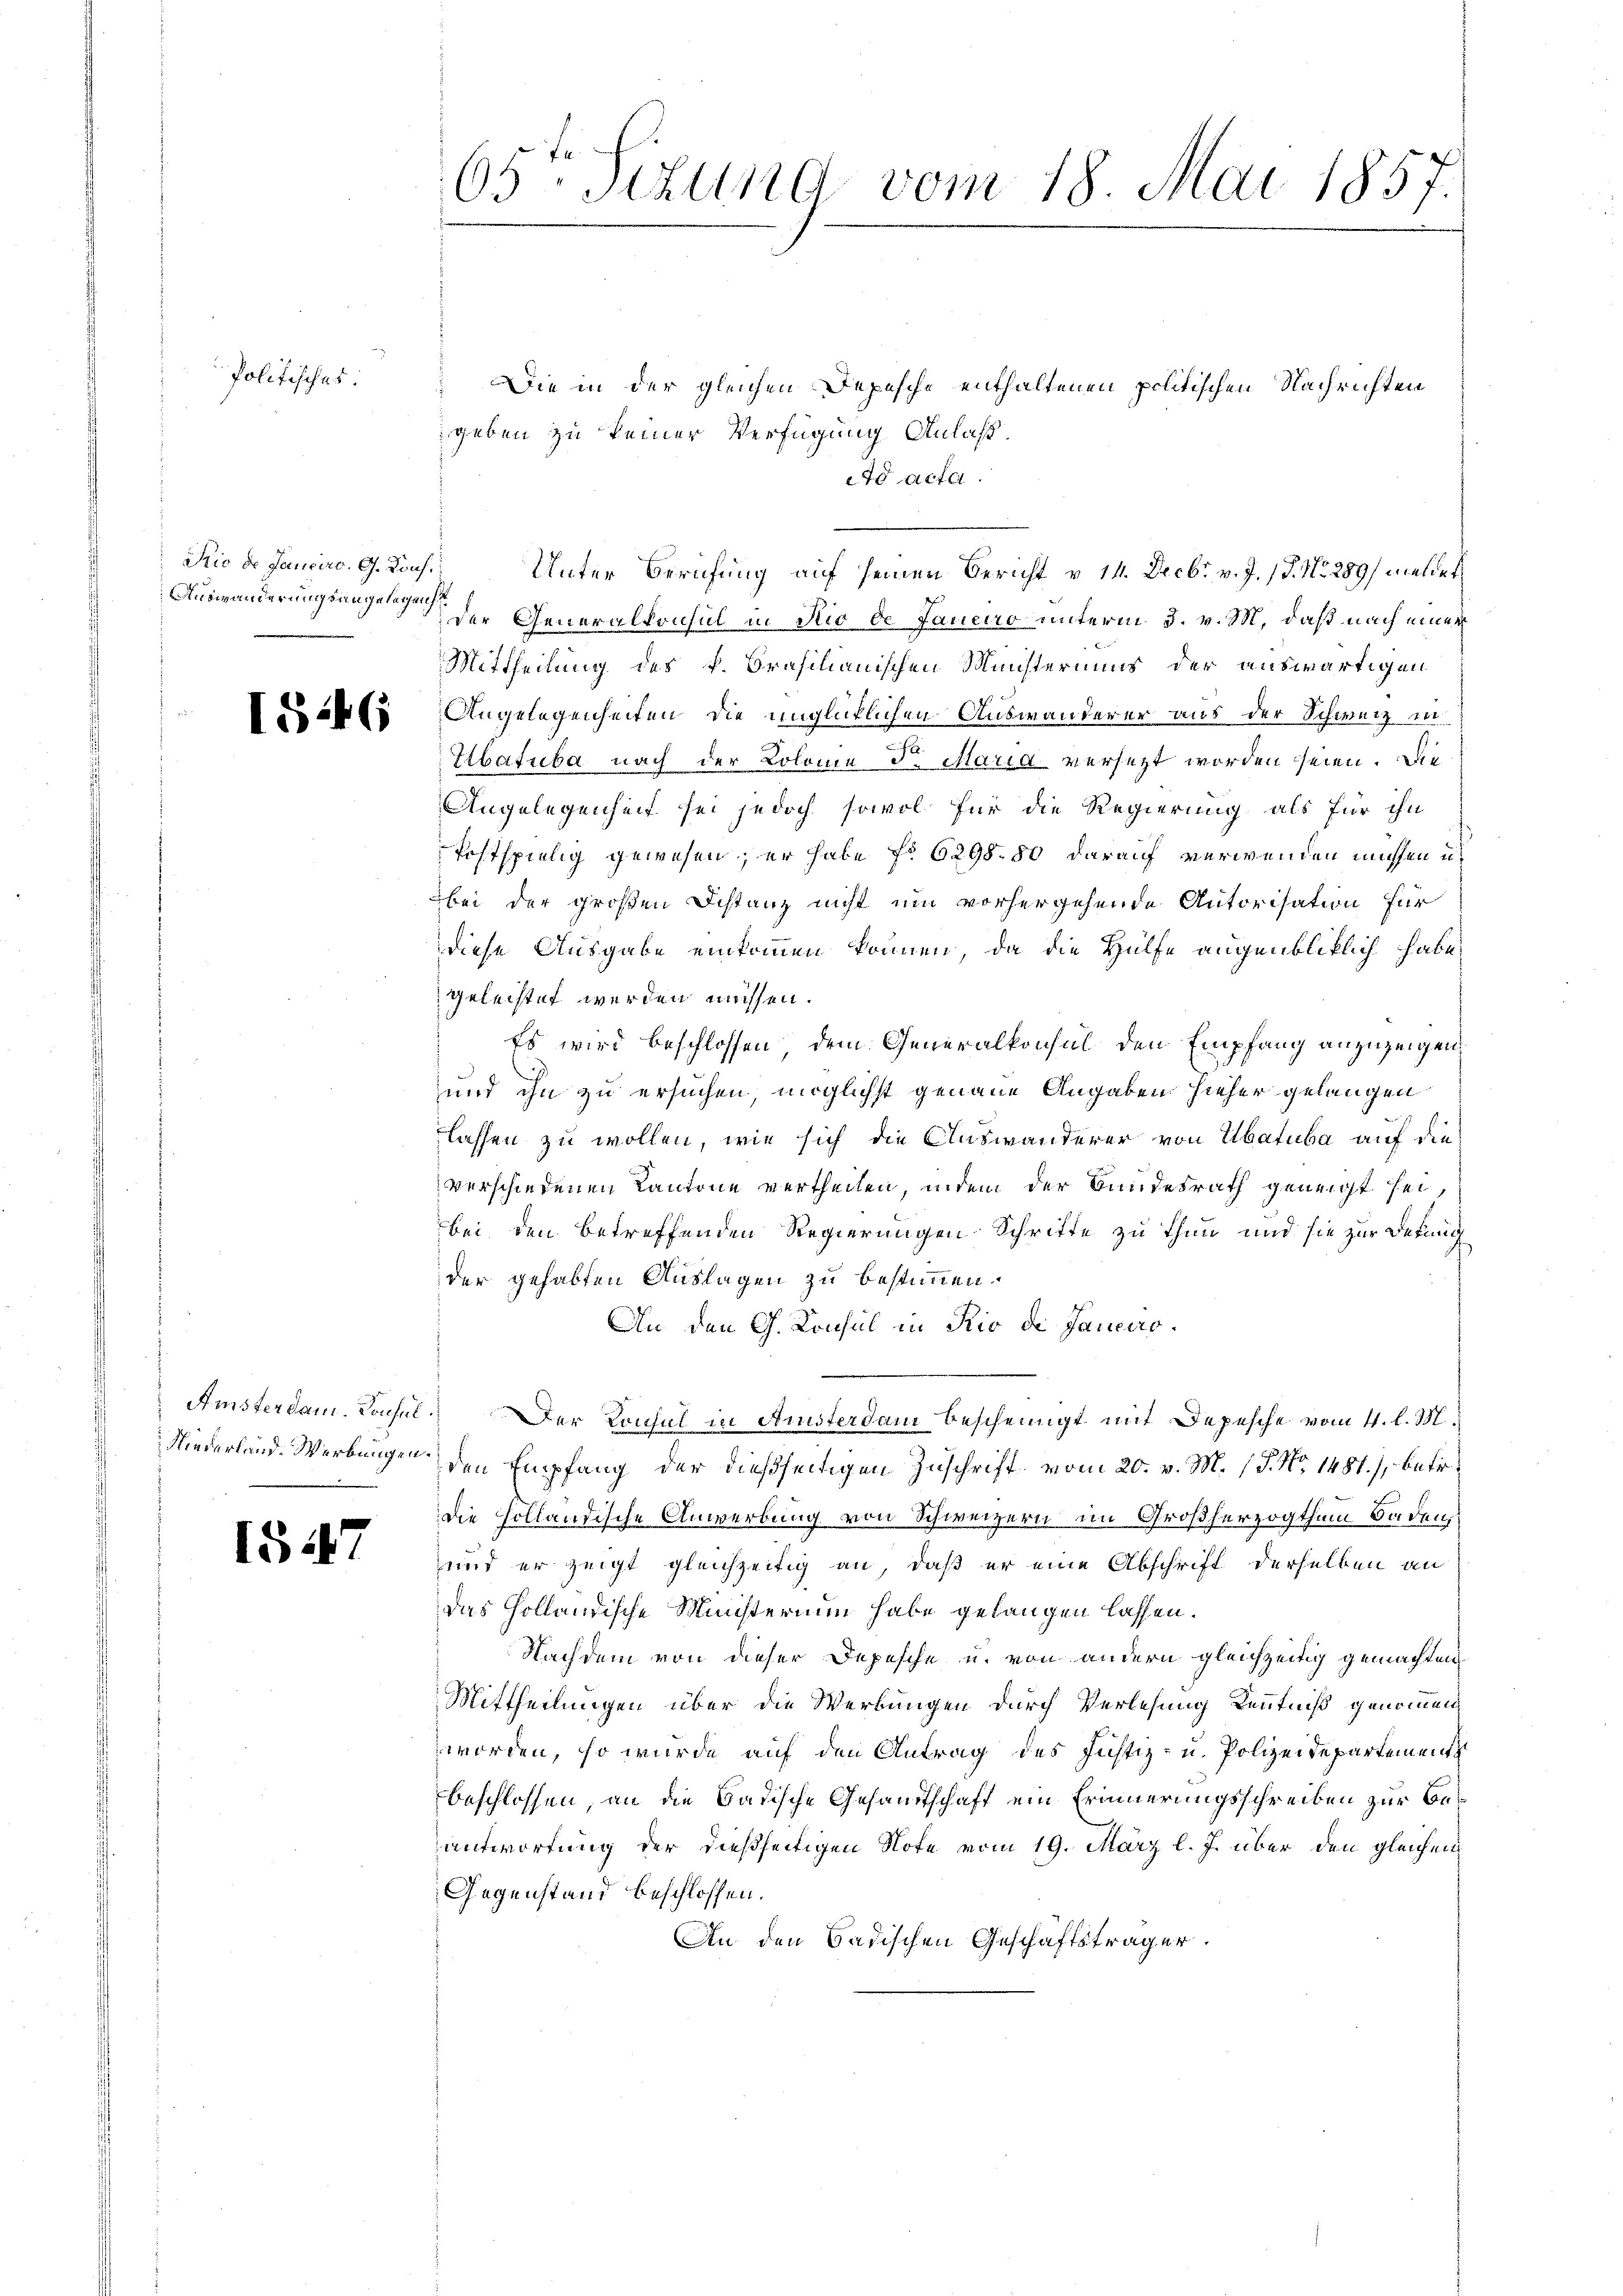
Politisches:

Rio de Jauciro, G. Kons.
Auswanderungsangelegens

1846

Niederland-Werbungen.

1547

65te Sitzung vom 18. Mai 1857.

Die in der gleichen Depesche enthaltenen politischen Nachrichten
geben zu keiner Verfügung Anlaß.
ad acta.
Unter Berufung auf seinen Bericht v. 14. Decbr. v. J. J. No. 289) meldet
der Generalkonsul in Rio de Janeiro unterm 3. v. M. daß nach einer
Mittheilung des k. Brasilianischen Münsteriums der auswärtigen
Angelegenheiten die unglücklichen Auswanderer aus der Schweiz in
Ebatuba nach der Kolome der Maria versezt worden seien. Die
Angelegenheit sei jedoch sowol für die Regierung als für ihn
kostspielig gewesen; er habe f. 6298. 80 darauf verwenden müssen u.
bei der großen Distanz nicht um vorhergehende Autorisation für
diese Ausgabe einkommen können, da die Hülfe augenblicklich habe,
geleistet werden müssen.
Es wird beschlossen, dem Generalkonsul den Empfang anzuzeigen,
und ihn zu ersuchen, möglichst genaue Angaben hieher gelangen
lassen zu wollen, wie sich die Auswanderer von Ubatuba auf die
verschiedenen Kantone vertheilen, indem der Bundesrath geneigt sei,
bei den betreffenden Regierungen Schritte zu thun und sie zur Detung
der gehabten Auslagen zu bestimmen.
An den G. Konsul in Rio de Janeiro¬
Amsterdam. Konsul Der Konsul in Amsterdam bescheinigt mit Depesche vom 4. l. M.
den Empfang der dießseitigen Zuschrift vom 20. v. M. 1 S. Nr. 1481.), betr.
die Holländische Anwerbung von Schweizern im Großherzogthum Baden
und er zeigt gleichzeitig an, daß er eine Abschrift derselben an
das Holländische Ministerium habe gelangen lassen.
Nachdem von dieser Depesche u. von andern gleichzeitig gemachten
Mittheilungen über die Werbungen durch Verlesung Kenntniß genommen
worden, so wurde auf den Antrag des Justiz- u. Polizeidepartement
beschlossen, an die Badische Gesandtschaft ein Erinnerungsschreiben zur Beantwortung der dießseitigen Note vom 19. März l. J. über den gleichen
Gegenstand beschlossen.
An den Badischen Geschäftsträger.